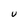
Character: U